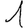
Digit: 1